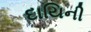
દાયિની